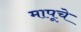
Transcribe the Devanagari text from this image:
मापूचे